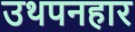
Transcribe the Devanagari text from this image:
उथपनहार